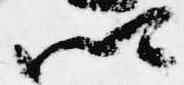
卿